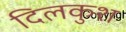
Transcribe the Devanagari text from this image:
दिलकुश